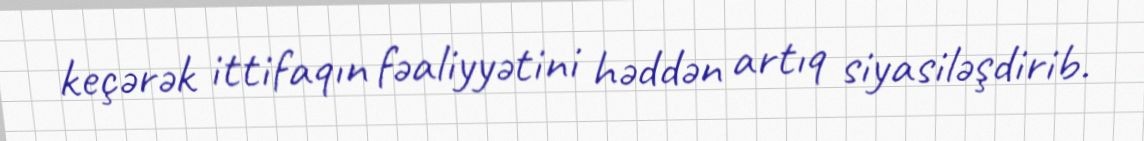
keçərək ittifaqın fəaliyyətini həddən artıq siyasiləşdirib.